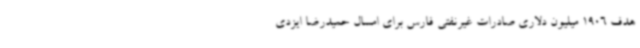
هدف 1906 میلیون دلاری صادرات غیرنفتی فارس برای امسال حمیدرضا ایزدی